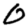
Digit: 0